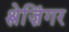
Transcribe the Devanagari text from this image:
श्लेज़िंगर